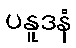
ပနူဒနံ